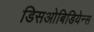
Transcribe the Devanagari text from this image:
डिसओबिडियेन्स